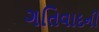
ગતિવાદની